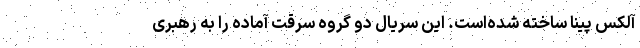
آلکس پینا ساخته شده‌است. این سریال دو گروه سرقت آماده را به رهبری